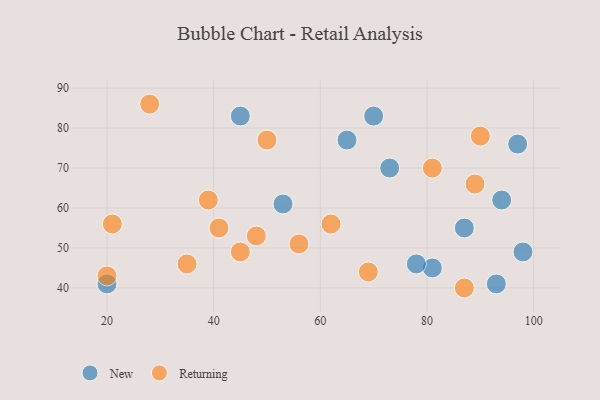
{"axis": {"x": "GDP", "y": "Life Expectancy"}, "legend": ["New", "Returning"], "data": [{"x": "81", "y": 45, "type": "New"}, {"x": "73", "y": 70, "type": "New"}, {"x": "20", "y": 41, "type": "New"}, {"x": "70", "y": 83, "type": "New"}, {"x": "94", "y": 62, "type": "New"}, {"x": "98", "y": 49, "type": "New"}, {"x": "53", "y": 61, "type": "New"}, {"x": "45", "y": 83, "type": "New"}, {"x": "97", "y": 76, "type": "New"}, {"x": "65", "y": 77, "type": "New"}, {"x": "78", "y": 46, "type": "New"}, {"x": "87", "y": 55, "type": "New"}, {"x": "93", "y": 41, "type": "New"}, {"x": "48", "y": 53, "type": "Returning"}, {"x": "28", "y": 86, "type": "Returning"}, {"x": "87", "y": 40, "type": "Returning"}, {"x": "69", "y": 44, "type": "Returning"}, {"x": "20", "y": 43, "type": "Returning"}, {"x": "90", "y": 78, "type": "Returning"}, {"x": "56", "y": 51, "type": "Returning"}, {"x": "81", "y": 70, "type": "Returning"}, {"x": "62", "y": 56, "type": "Returning"}, {"x": "39", "y": 62, "type": "Returning"}, {"x": "35", "y": 46, "type": "Returning"}, {"x": "41", "y": 55, "type": "Returning"}, {"x": "45", "y": 49, "type": "Returning"}, {"x": "21", "y": 56, "type": "Returning"}, {"x": "50", "y": 77, "type": "Returning"}, {"x": "89", "y": 66, "type": "Returning"}]}